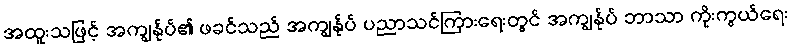
အထူးသဖြင့် အကျွန်ုပ်၏ ဖခင်သည် အကျွန်ုပ် ပညာသင်ကြားရေးတွင် အကျွန်ုပ် ဘာသာ ကိုးကွယ်ရေး